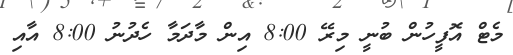
މެޓް އޮފީހުން ބުނީ މިރޭ 8:00 އިން މާދަމާ ހެދުނު 8:00 އާއި